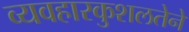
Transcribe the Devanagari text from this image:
व्यवहारकुशलतेने